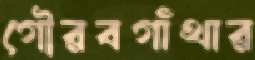
গৌরবগাঁথার